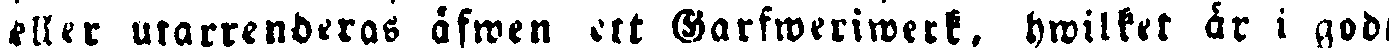
eller utarrenderas äfwen ett Garfweriwerk, hwilket år i god